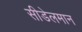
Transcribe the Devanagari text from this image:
सीडेलमान